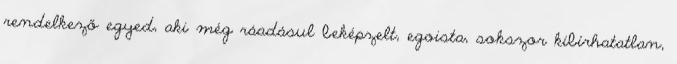
rendelkező egyed, aki még ráadásul beképzelt, egoista, sokszor kibírhatatlan,